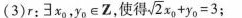
(3)r:∃x_{0}，y_{0}\inZ，使得 $$\sqrt{ 2 }